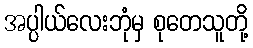
အပ္ပါယ်လေးဘုံမှ စုတေသူတို့